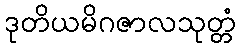
ဒုတိယမိဂဇာလသုတ္တံ